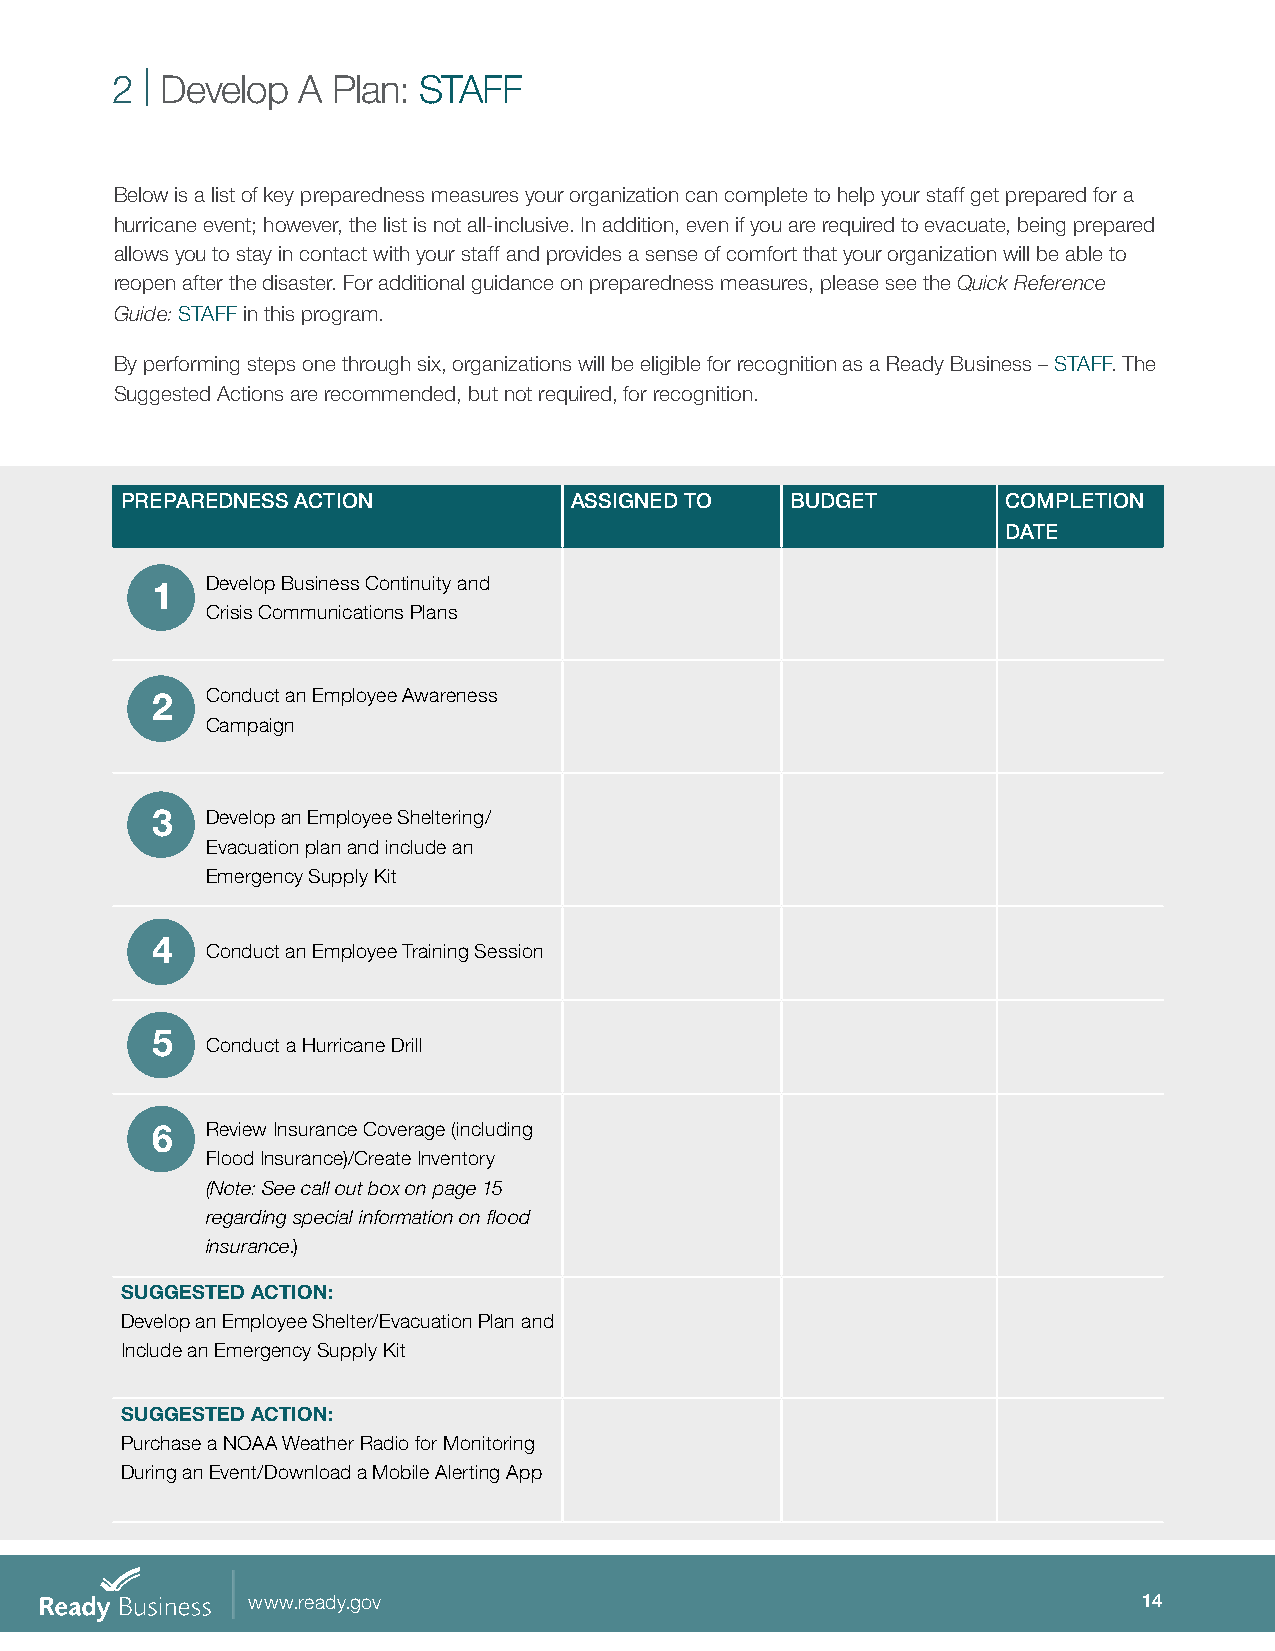
2 | Develop  A Plan: STAFF
 Below is a list of key preparedness measures your organization can complete to help your staff get prepared for a
 hurricane event; however, the list is not all-inclusive. In addition, even if you are required to evacuate, being prepared
 allows you to stay in contact with your staff and provides a sense of comfort that your organization will be able to
 reopen after the disaster. For additional guidance on preparedness measures, please see the Quick Reference
 Guide: STAFF in this program.
 By performing steps one through six, organizations will be eligible for recognition as a Ready Business – STAFF. The
 Suggested Actions are recommended, but not required, for recognition.
 PREPAREDNESS ACTION           ASSIGNED TO   BUDGET         COMPLETION
 DATE
 1   Develop Business Continuity and
 Crisis Communications Plans
 2   Conduct an Employee Awareness
 Campaign
 3   Develop an Employee Sheltering/
 Evacuation plan and include an
 Emergency Supply Kit
 4
 Conduct an Employee Training Session
 5
 Conduct a Hurricane Drill
 6   Review Insurance Coverage (including
 Flood Insurance)/Create Inventory
 (Note: See call out box on page 15
 regarding special information on flood
 insurance.)
 SUGGESTED ACTION:
 Develop an Employee Shelter/Evacuation Plan and
 Include an Emergency Supply Kit
 SUGGESTED ACTION:
 Purchase a NOAA Weather Radio for Monitoring
 During an Event/Download a Mobile Alerting App
 www.ready.gov                                               14